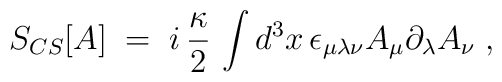
S_{CS} [A]\;=\; i \,\frac{\kappa}{2}\,\int d^3x \, \epsilon_{\mu\lambda\nu} A_\mu \partial_\lambda A_\nu \;,